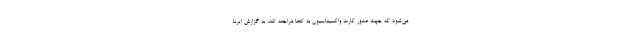
می‌شود که جهت صدور کارت واکسیناسیون به کجا مراجعه کند. به گزارش ایرنا،